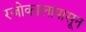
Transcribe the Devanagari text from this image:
रजोकालापासून